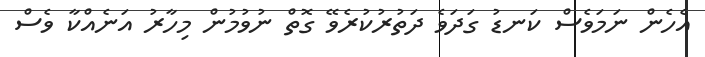
އެހެން ނަމަވެސް ކަނޑު ގަދަވެ ދަތުރުކުރެވޭ ގޮތް ނުވުމުން މިހާރު އަނެއްކާ ވެސް